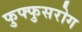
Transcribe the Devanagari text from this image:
फुफ्फुसरोग